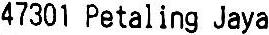
47301 PETALING JAYA